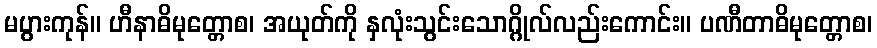
မပွားကုန်။ ဟီနာဓိမုတ္တောစ၊ အယုတ်ကို နှလုံးသွင်းသောဂ္ဂိုလ်လည်းကောင်း။ ပဏီတာဓိမုတ္တောစ၊